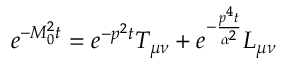
e ^ { - M _ { 0 } ^ { 2 } t } = e ^ { - p ^ { 2 } t } T _ { \mu \nu } + e ^ { - \frac { p ^ { 4 } t } { \alpha ^ { 2 } } } L _ { \mu \nu }